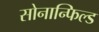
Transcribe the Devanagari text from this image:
सोनान्फिल्ड